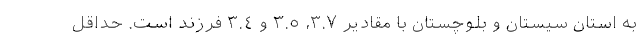
به استان سیستان و بلوچستان با مقادیر ٣.٧، ٣.٥ و ٣.٤ فرزند است. حداقل